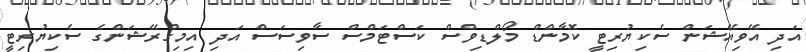
އަދި އޭވިއޭޝަން ސެކިޔުރިޓީ ކޮމާންޑް މޯލްޑިވްސް ކަސްޓަމްސް ސާވިސަސް އަދި އިމިގްރޭޝަންގެ ސެކިޔުރިޓީ